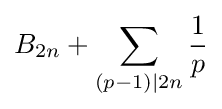
B_{2n}+\sum _{(p-1)|2n}{\frac {1}{p}}